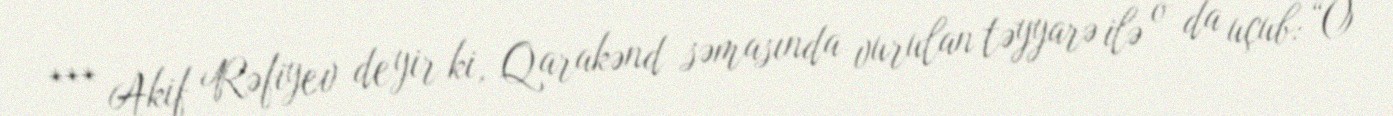
*** Akif Rəfiyev deyir ki, Qarakənd səmasında vurulan təyyarə ilə o da uçub: “O